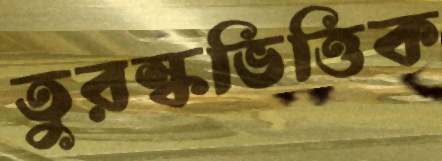
তুরস্কভিত্তিক